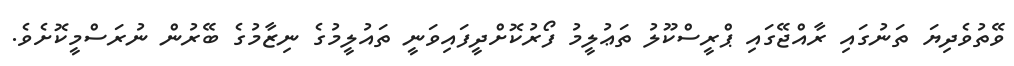
ވޭތުވެދިޔަ ތަނުގައި ރާއްޖޭގައި ޕްރީސްކޫލު ތަޢުލީމު ފޯރުކޮށްދީފައިވަނީ ތައުލީމުގެ ނިޒާމުގެ ބޭރުން ނުރަސްމީކޮށެވެ.